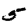
Digit: 5